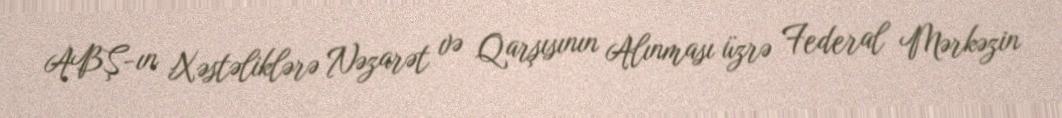
ABŞ-ın Xəstəliklərə Nəzarət və Qarşısının Alınması üzrə Federal Mərkəzin